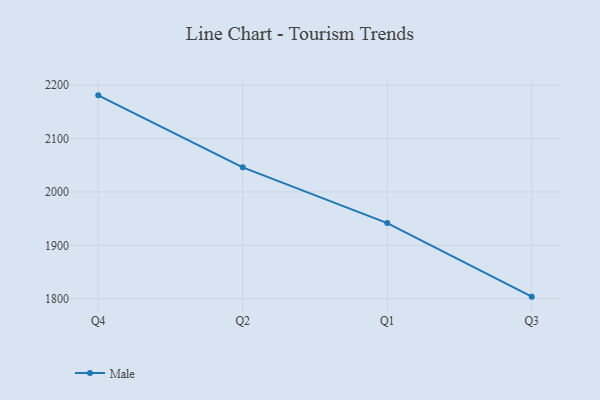
{"axis": {"x": "Quarter", "y": "Net Income (USD K)"}, "legend": ["Male"], "data": [{"x": "Q4", "y": 2180.7, "type": "Male"}, {"x": "Q2", "y": 2045.9, "type": "Male"}, {"x": "Q1", "y": 1941.6, "type": "Male"}, {"x": "Q3", "y": 1803.9, "type": "Male"}]}